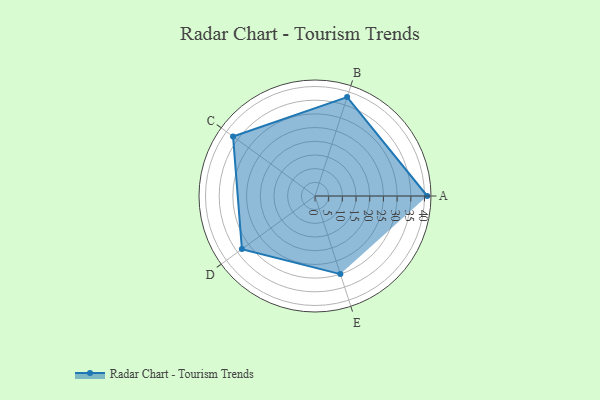
{"axis": {"x": "Skill", "y": "Score"}, "legend": ["Profile"], "data": [{"x": "A", "y": 41.0, "type": "Profile"}, {"x": "B", "y": 38.0, "type": "Profile"}, {"x": "C", "y": 37.0, "type": "Profile"}, {"x": "D", "y": 33.0, "type": "Profile"}, {"x": "E", "y": 30.0, "type": "Profile"}]}